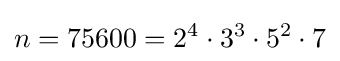
n=75600=2^{4}\cdot 3^{3}\cdot 5^{2}\cdot 7